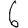
Digit: 6